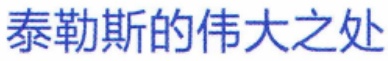
泰勒斯的伟大之处